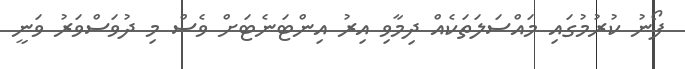
ފޯނު ކުރުމުގައި މައްސަލަތަކެއް ދިމާވި އިރު އިންޓަނެޓަށް ވެސް މި ދުވަސްވަރު ވަނީ